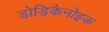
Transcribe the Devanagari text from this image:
डोडिकैनोइक